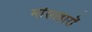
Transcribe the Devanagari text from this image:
मांसाहारों